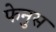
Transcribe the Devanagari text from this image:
फेनुस